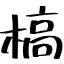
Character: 槁